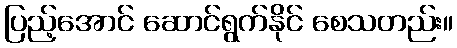
ပြည့်အောင် ဆောင်ရွက်နိုင် စေသတည်း။